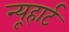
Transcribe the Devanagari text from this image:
न्यूहार्ट